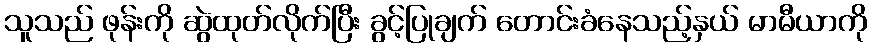
သူသည် ဖုန်းကို ဆွဲထုတ်လိုက်ပြီး ခွင့်ပြုချက် တောင်းခံနေသည့်နှယ် မာမီယာကို